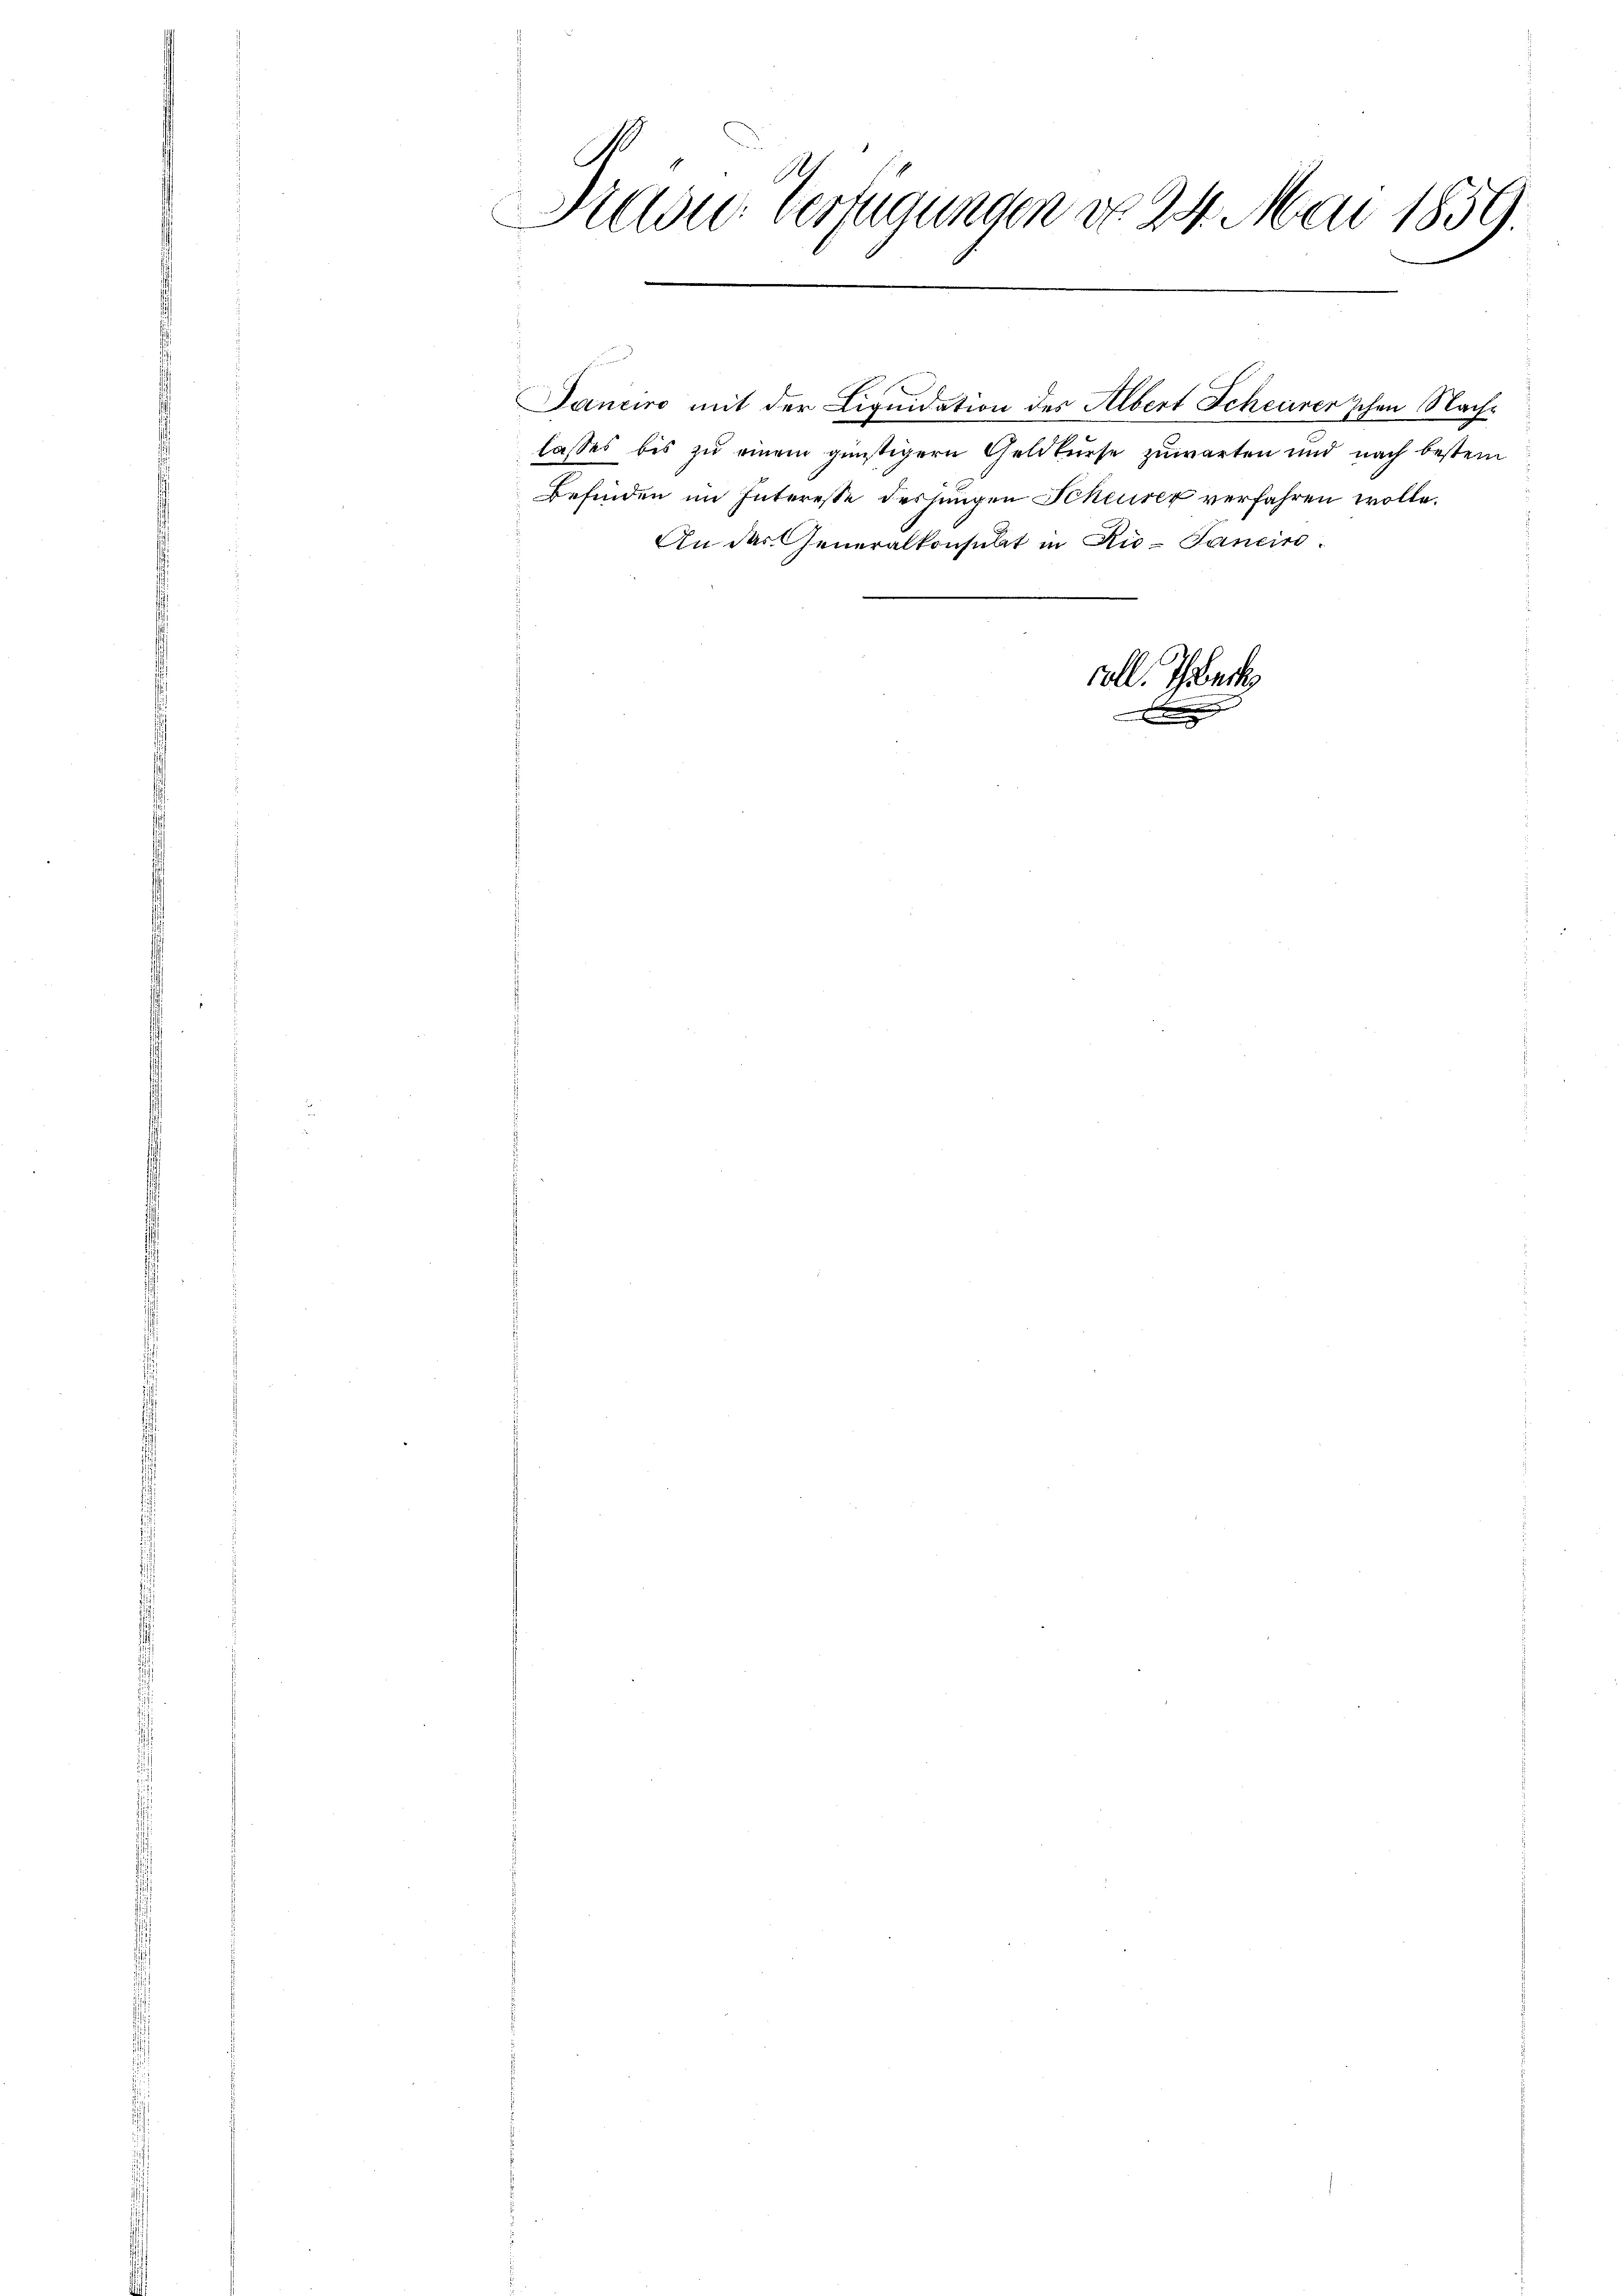
.
Aradie Verfügungen do 24. Mai 1859.

Janciro mit der Liquidation des Albert Scheurer'schen Nachlasses bis zu einem günstigern Geldkurse zuwarten und nach bestein
Befinden im Interesse dessungen Scheurer verfahren wolle.
An das Generalkonsulat in Ri-Tanciro
e
e

voll. Schlech